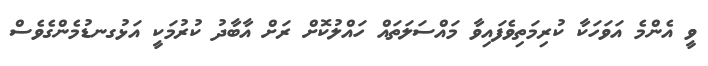
ވީ އެންމެ އަވަހަކާ ކުރިމަތިވެފައިވާ މައްސަލަތައް ހައްލުކޮށް ރަށް އާބާދު ކުރުމަކީ އަޅުގނޑުމެންގެވެސް